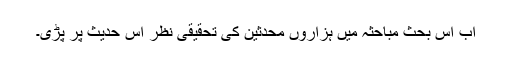
اب اس بحث مباحثہ میں ہزاروں محدثین کی تحقیقی نظر اس حدیث پر پڑی۔